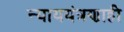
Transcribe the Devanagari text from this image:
न्याययंत्रणाही